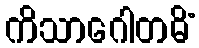
ကိသာဂေါတမိံ